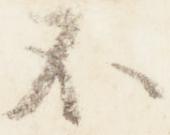
不